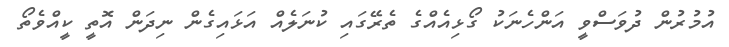
އުމުރުން ދުވަސްވީ އަންހެނަކު ގޯޅިއެއްގެ ތެރޭގައި ކުނަލެއް އަޅައިގެން ނިދަން އޮތީ ކީއްވެތޯ